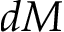
d M